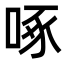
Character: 啄